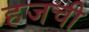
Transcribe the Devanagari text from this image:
हजची